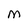
Character: M